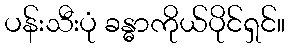
ပန်းသီးပုံ ခန္ဓာကိုယ်ပိုင်ရှင်။